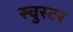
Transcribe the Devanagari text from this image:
स्चुस्टर